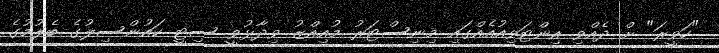
"ހަވީރަ" ށް ދެއްވި އިންޓަވިއުއެއްގައި މިނިސްޓަރު މުއިއްޒު ވިދާޅުވީ ސިޓީ ކައުންސިލުގެ ބެލުމުގެ